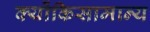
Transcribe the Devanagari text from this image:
क्योंकिसामान्य